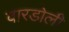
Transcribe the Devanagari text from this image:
वारडोली